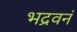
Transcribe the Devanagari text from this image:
भद्रवनं